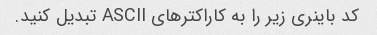
کد باینری زیر را به کاراکترهای ASCII تبدیل کنید.